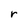
Character: r